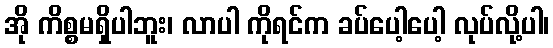
အို ကိစ္စမရှိပါဘူး၊ လာပါ ကိုရင်က ခပ်ပေါ့ပေါ့ လုပ်လို့ပါ၊